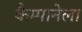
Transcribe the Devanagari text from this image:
कैम्पानेला